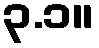
၃.၁။